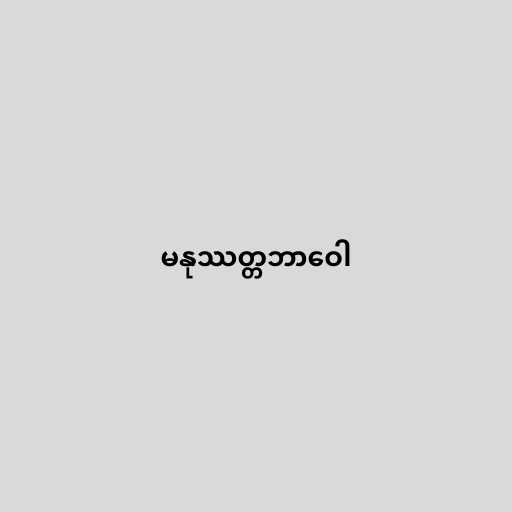
မနုဿတ္တဘာဝေါ